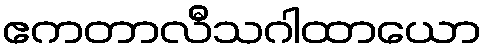
ဧကတာလီသဂါထာယော